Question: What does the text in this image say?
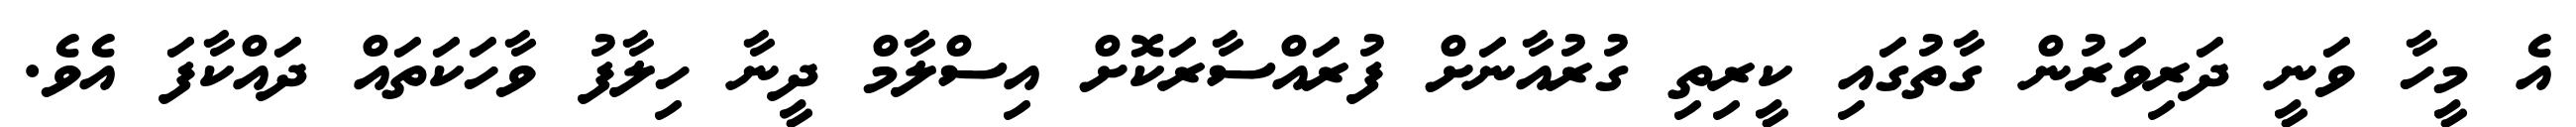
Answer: އެ މީހާ ވަނީ ދަރިވަރުން ގާތުގައި ކީރިތި ގުރުއާނަށް ފުރައްސާރަކޮށް އިސްލާމް ދީނާ ހިލާފު ވާހަކަތައް ދައްކާފަ އެވެ.